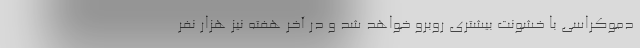
دموكراسی با خشونت بیشتری روبرو خواهد شد و در آخر هفته نیز هزار نفر